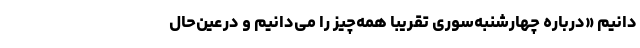
‌دانیم «درباره چهارشنبه‌سوری تقریبا همه‌چیز را می‌دانیم و درعین‌حال